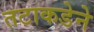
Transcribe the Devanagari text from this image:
तटाकडेने